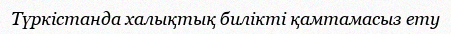
Түркістанда халықтық билікті қамтамасыз ету